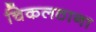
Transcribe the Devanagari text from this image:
चिकलठाना